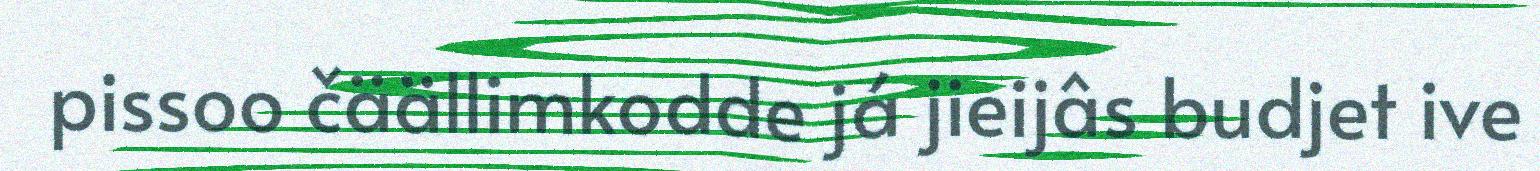
pissoo čäällimkodde já jieijâs budjet ive